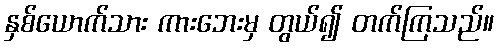
နှစ်ယောက်သား ကားဘေးမှ တွယ်၍ တက်ကြသည်။